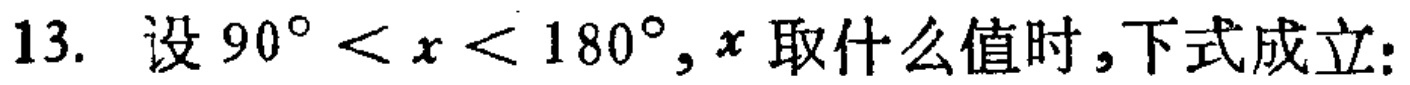
13. 设 \(90^{\circ}<x<180^{\circ},x\) 取什么值时，下式成立: